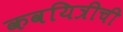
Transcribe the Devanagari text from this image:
कवयित्रीची